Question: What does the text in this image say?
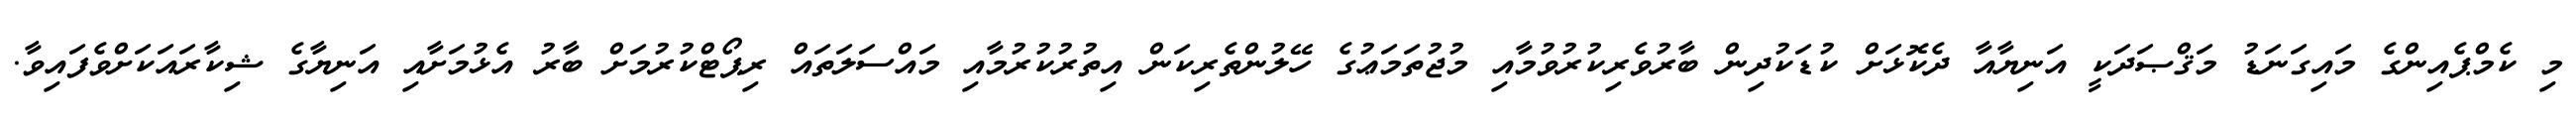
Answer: މި ކެމްޕެއިންގެ މައިގަނަޑު މަޤްޞަދަކީ އަނިޔާއާ ދެކޮޅަށް ކުޑަކުދިން ބާރުވެރިކުރުވުމާއި މުޖުތަމަޢުގެ ހޭލުންތެރިކަން އިތުރުކުރުމާއި މައްސަލަތައް ރިޕޯޓްކުރުމަށް ބާރު އެޅުމަށާއި އަނިޔާގެ ޝިކާރައަކަށްވެފައިވާ.